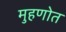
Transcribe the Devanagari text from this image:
मुहणोत